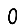
Digit: 0